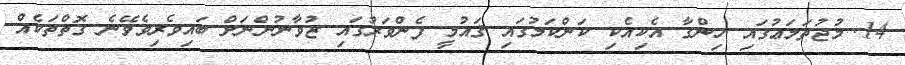
14. މުޖުތަމަޢުގައި ހިންގާ އެކިއެކި ކަންކަމުގައި ޤައުމީ ފެންވަރުގައި ޒުވާނުންނަށް ބައިވެރިވެވޭނެ ގޮތްތަކެއް